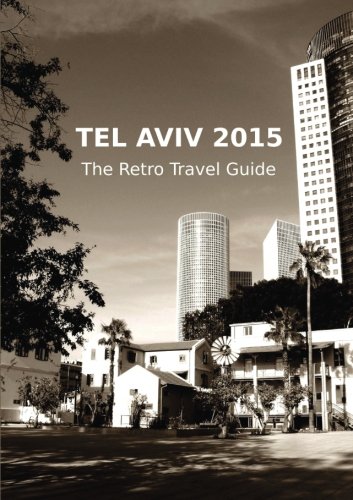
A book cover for Tel Aviv 2015: The Retro Travel Guide; Claudia Stein; Travel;